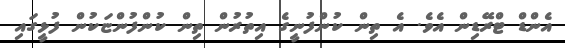
އެންޑް ޓްރޭޑިން އެވެ. އެ ތިން ކުންފުނީގެ އިތުރުން ތިން ކުންފުންޏަކުން ފުޅީގައި